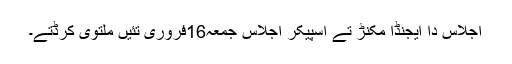
اجلاس دا ایجنڈا مُکنڑ تے اسپیکر اجلاس جمعہ16فروری تئیں ملتوی کرڈتے۔